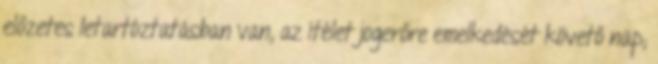
előzetes letartóztatásban van, az ítélet jogerőre emelkedését követő nap;